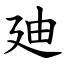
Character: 廸